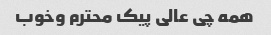
همه چی عالی پیک محترم وخوب